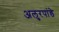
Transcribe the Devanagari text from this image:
अलुरपांडे